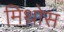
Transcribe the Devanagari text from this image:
मिथोस